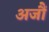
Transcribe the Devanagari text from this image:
अजौं